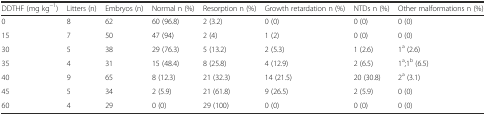
<table><thead><tr><td><b>DDTHF (mg kg<sup>−1</sup>)</b></td><td><b>Litters (n)</b></td><td><b>Embryos (n)</b></td><td><b>Normal n (%)</b></td><td><b>Resorption n (%)</b></td><td><b>Growth retardation n (%)</b></td><td><b>NTDs n (%)</b></td><td><b>Other malformations n (%)</b></td></tr></thead><tbody><tr><td>0</td><td>8</td><td>62</td><td>60 (96.8)</td><td>2 (3.2)</td><td>0 (0)</td><td>0 (0)</td><td>0 (0)</td></tr><tr><td>15</td><td>7</td><td>50</td><td>47 (94)</td><td>2 (4)</td><td>1 (2)</td><td>0 (0)</td><td>0 (0)</td></tr><tr><td>30</td><td>5</td><td>38</td><td>29 (76.3)</td><td>5 (13.2)</td><td>2 (5.3)</td><td>1 (2.6)</td><td>1<sup>a</sup> (2.6)</td></tr><tr><td>35</td><td>4</td><td>31</td><td>15 (48.4)</td><td>8 (25.8)</td><td>4 (12.9)</td><td>2 (6.5)</td><td>1<sup>a</sup>;1<sup>b</sup> (6.5)</td></tr><tr><td>40</td><td>9</td><td>65</td><td>8 (12.3)</td><td>21 (32.3)</td><td>14 (21.5)</td><td>20 (30.8)</td><td>2<sup>a</sup> (3.1)</td></tr><tr><td>45</td><td>5</td><td>34</td><td>2 (5.9)</td><td>21 (61.8)</td><td>9 (26.5)</td><td>2 (5.9)</td><td>0 (0)</td></tr><tr><td>60</td><td>4</td><td>29</td><td>0 (0)</td><td>29 (100)</td><td>0 (0)</td><td>0 (0)</td><td>0 (0)</td></tr></tbody></table>